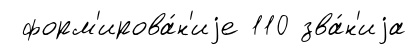
форм'ирова́н'иjе 110 зва́н'иjа